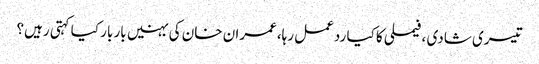
تیسری شادی ،فیملی کا کیا ردعمل رہا،عمران خان کی بہنیں بار بار کیا کہتی رہیں؟